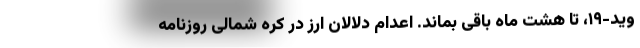
وید-۱۹، تا هشت ماه باقی بماند. اعدام دلالان ارز در کره شمالی روزنامه